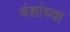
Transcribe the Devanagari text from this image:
वंशांच्या